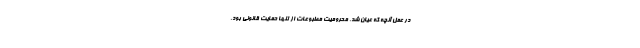
در عمل آنچه که عیان شد، محرومیت مطبوعات از تنها حمایت قانونی بود.